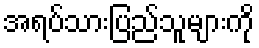
အရပ်သားပြည်သူများကို